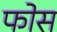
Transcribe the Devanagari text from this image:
फोस